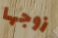
زوجها